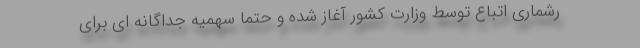
رشماری اتباع توسط وزارت کشور آغاز شده و حتما سهمیه جداگانه ای برای